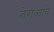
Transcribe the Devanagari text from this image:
तेराव्याचे